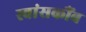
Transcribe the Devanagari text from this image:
स्वांसकौंब